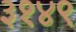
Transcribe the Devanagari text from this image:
३१४९